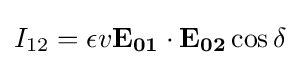
I_{12}=\epsilon v\mathbf {E_{01}\cdot E_{02}} \cos \delta